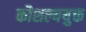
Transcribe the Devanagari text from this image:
कौशल्ययुक्त